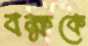
বক্ষকে